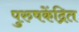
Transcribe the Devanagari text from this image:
पुरुषकेंद्रित